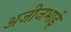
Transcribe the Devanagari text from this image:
अजीजभाई